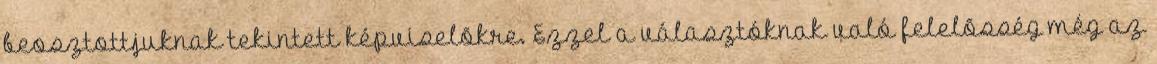
beosztottjuknak«tekintett képviselõkre. Ezzel a választóknak való felelõsség még az